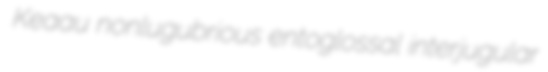
Keaau nonlugubrious entoglossal interjugular